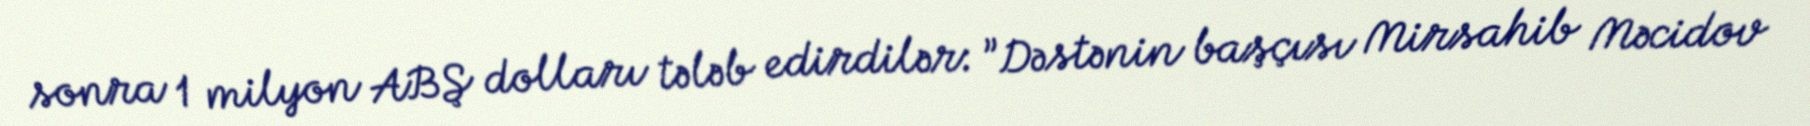
sonra 1 milyon ABŞ dolları tələb edirdilər: ”Dəstənin başçısı Mirsahib Məcidov